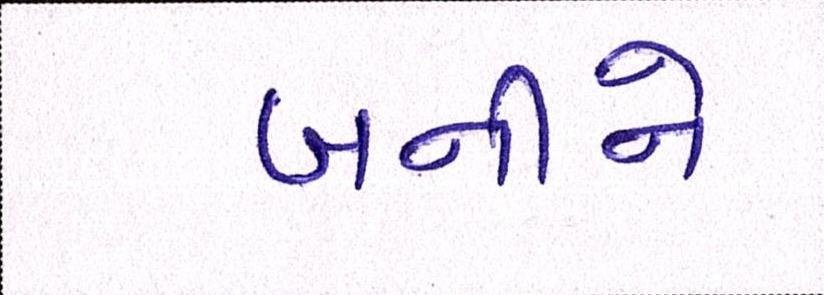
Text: બનીને